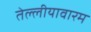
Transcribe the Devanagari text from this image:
तेल्लीयावारम